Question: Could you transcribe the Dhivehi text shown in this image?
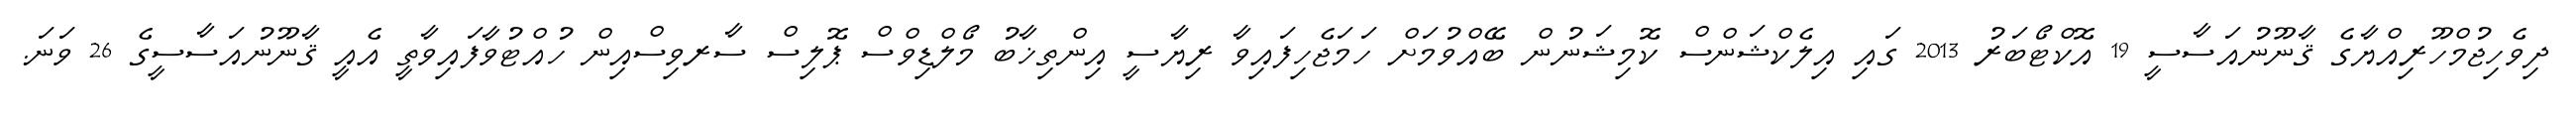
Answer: ދިވެހިޖުމްހޫރިއްޔާގެ ޤާނޫނުއަސާސީ 19 އޮކްޓޯބަރު 2013 ގައި އިލެކްޝަންސް ކޮމިޝަނުން ބޭއްވުމަށް ހަމަޖެހިފައިވާ ރިޔާސީ އިންތިޚާބު މޯލްޑިވްސް ޕޮލިސް ސާރވިސްއިން ހުއްޓުވާފައިވާތީ އެއީ ޤާނޫނުއަސާސީގެ 26 ވަނަ.